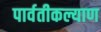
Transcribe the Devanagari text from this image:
पार्वतीकल्याण